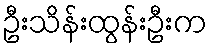
ဦးသိန်းထွန်းဦးက